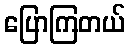
ပြောကြတယ်